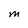
Character: M